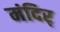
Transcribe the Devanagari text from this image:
मंदिर्